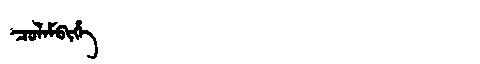
Manchu: ᠴᠣᠯᠠᠮᠪᡳᡥᡝ
Romanization: COLAMBIHE